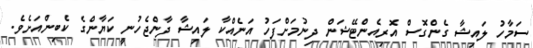
ސަމާހު ލައިޝާ ގެންގޮސް އޮރިއެންޓޭޝަން ދިނުމަށްފަހު އަނެއްކާ ލައިޝާ ދާންޖެހުނީ ކަޔާންގެ ކެބިންއަށެވެ.